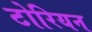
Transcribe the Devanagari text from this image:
टोरियन